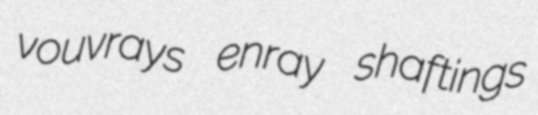
vouvrays enray shaftings